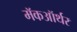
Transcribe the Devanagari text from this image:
मॅकऑर्थर